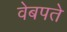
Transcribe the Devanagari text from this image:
वेबपते